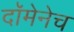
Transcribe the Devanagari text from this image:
दॉमेनेच